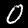
Digit: 0